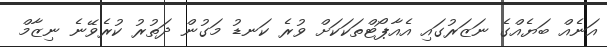
އަނެއް ބަޔެއްގެ ނަޒަރުގައި އެއާޕޯޓްތަކަކަށް ވުރެ ކަނޑު މަގުން ދަތުރު ކުރެވޭނެ ނިޒާމް